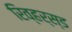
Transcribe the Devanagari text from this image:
रिव्हर्स्ड